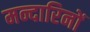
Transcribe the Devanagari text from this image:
मन्दारिनों